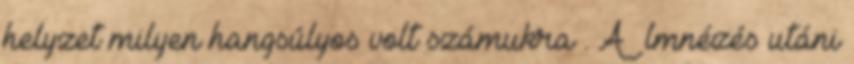
helyzet milyen hangsúlyos volt számukra . A ﬁlmnézés utáni